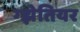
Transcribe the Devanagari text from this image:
ग्झेतियर